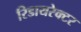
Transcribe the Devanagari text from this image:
रिडायरेक्टर